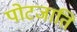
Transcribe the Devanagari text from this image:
पोटजाति